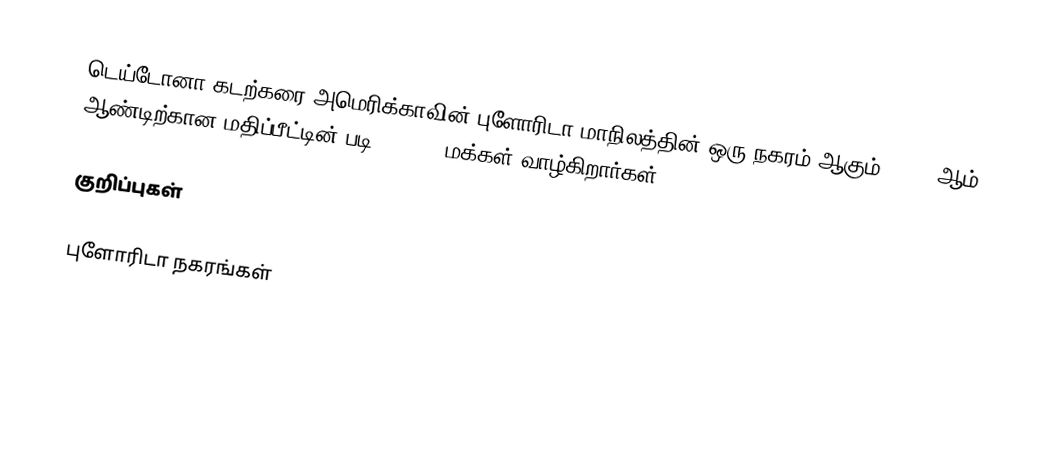
டெய்டோனா கடற்கரை அமெரிக்காவின் புளோரிடா மாநிலத்தின் ஒரு நகரம் ஆகும். 2006 ஆம் ஆண்டிற்கான மதிப்பீட்டின் படி, 64,421 மக்கள் வாழ்கிறார்கள்.

குறிப்புகள்

புளோரிடா நகரங்கள்